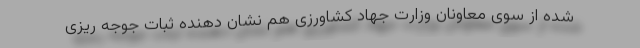
شده از سوی معاونان وزارت جهاد کشاورزی هم نشان دهنده ثبات جوجه ریزی